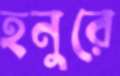
হনুরে